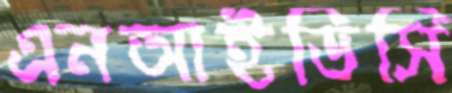
এনআইডিসি